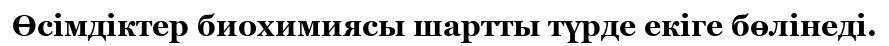
Өсімдіктер биохимиясы шартты түрде екіге бөлінеді.